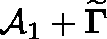
\mathcal { A } _ { 1 } + \mathbf { \widetilde { \Gamma } }